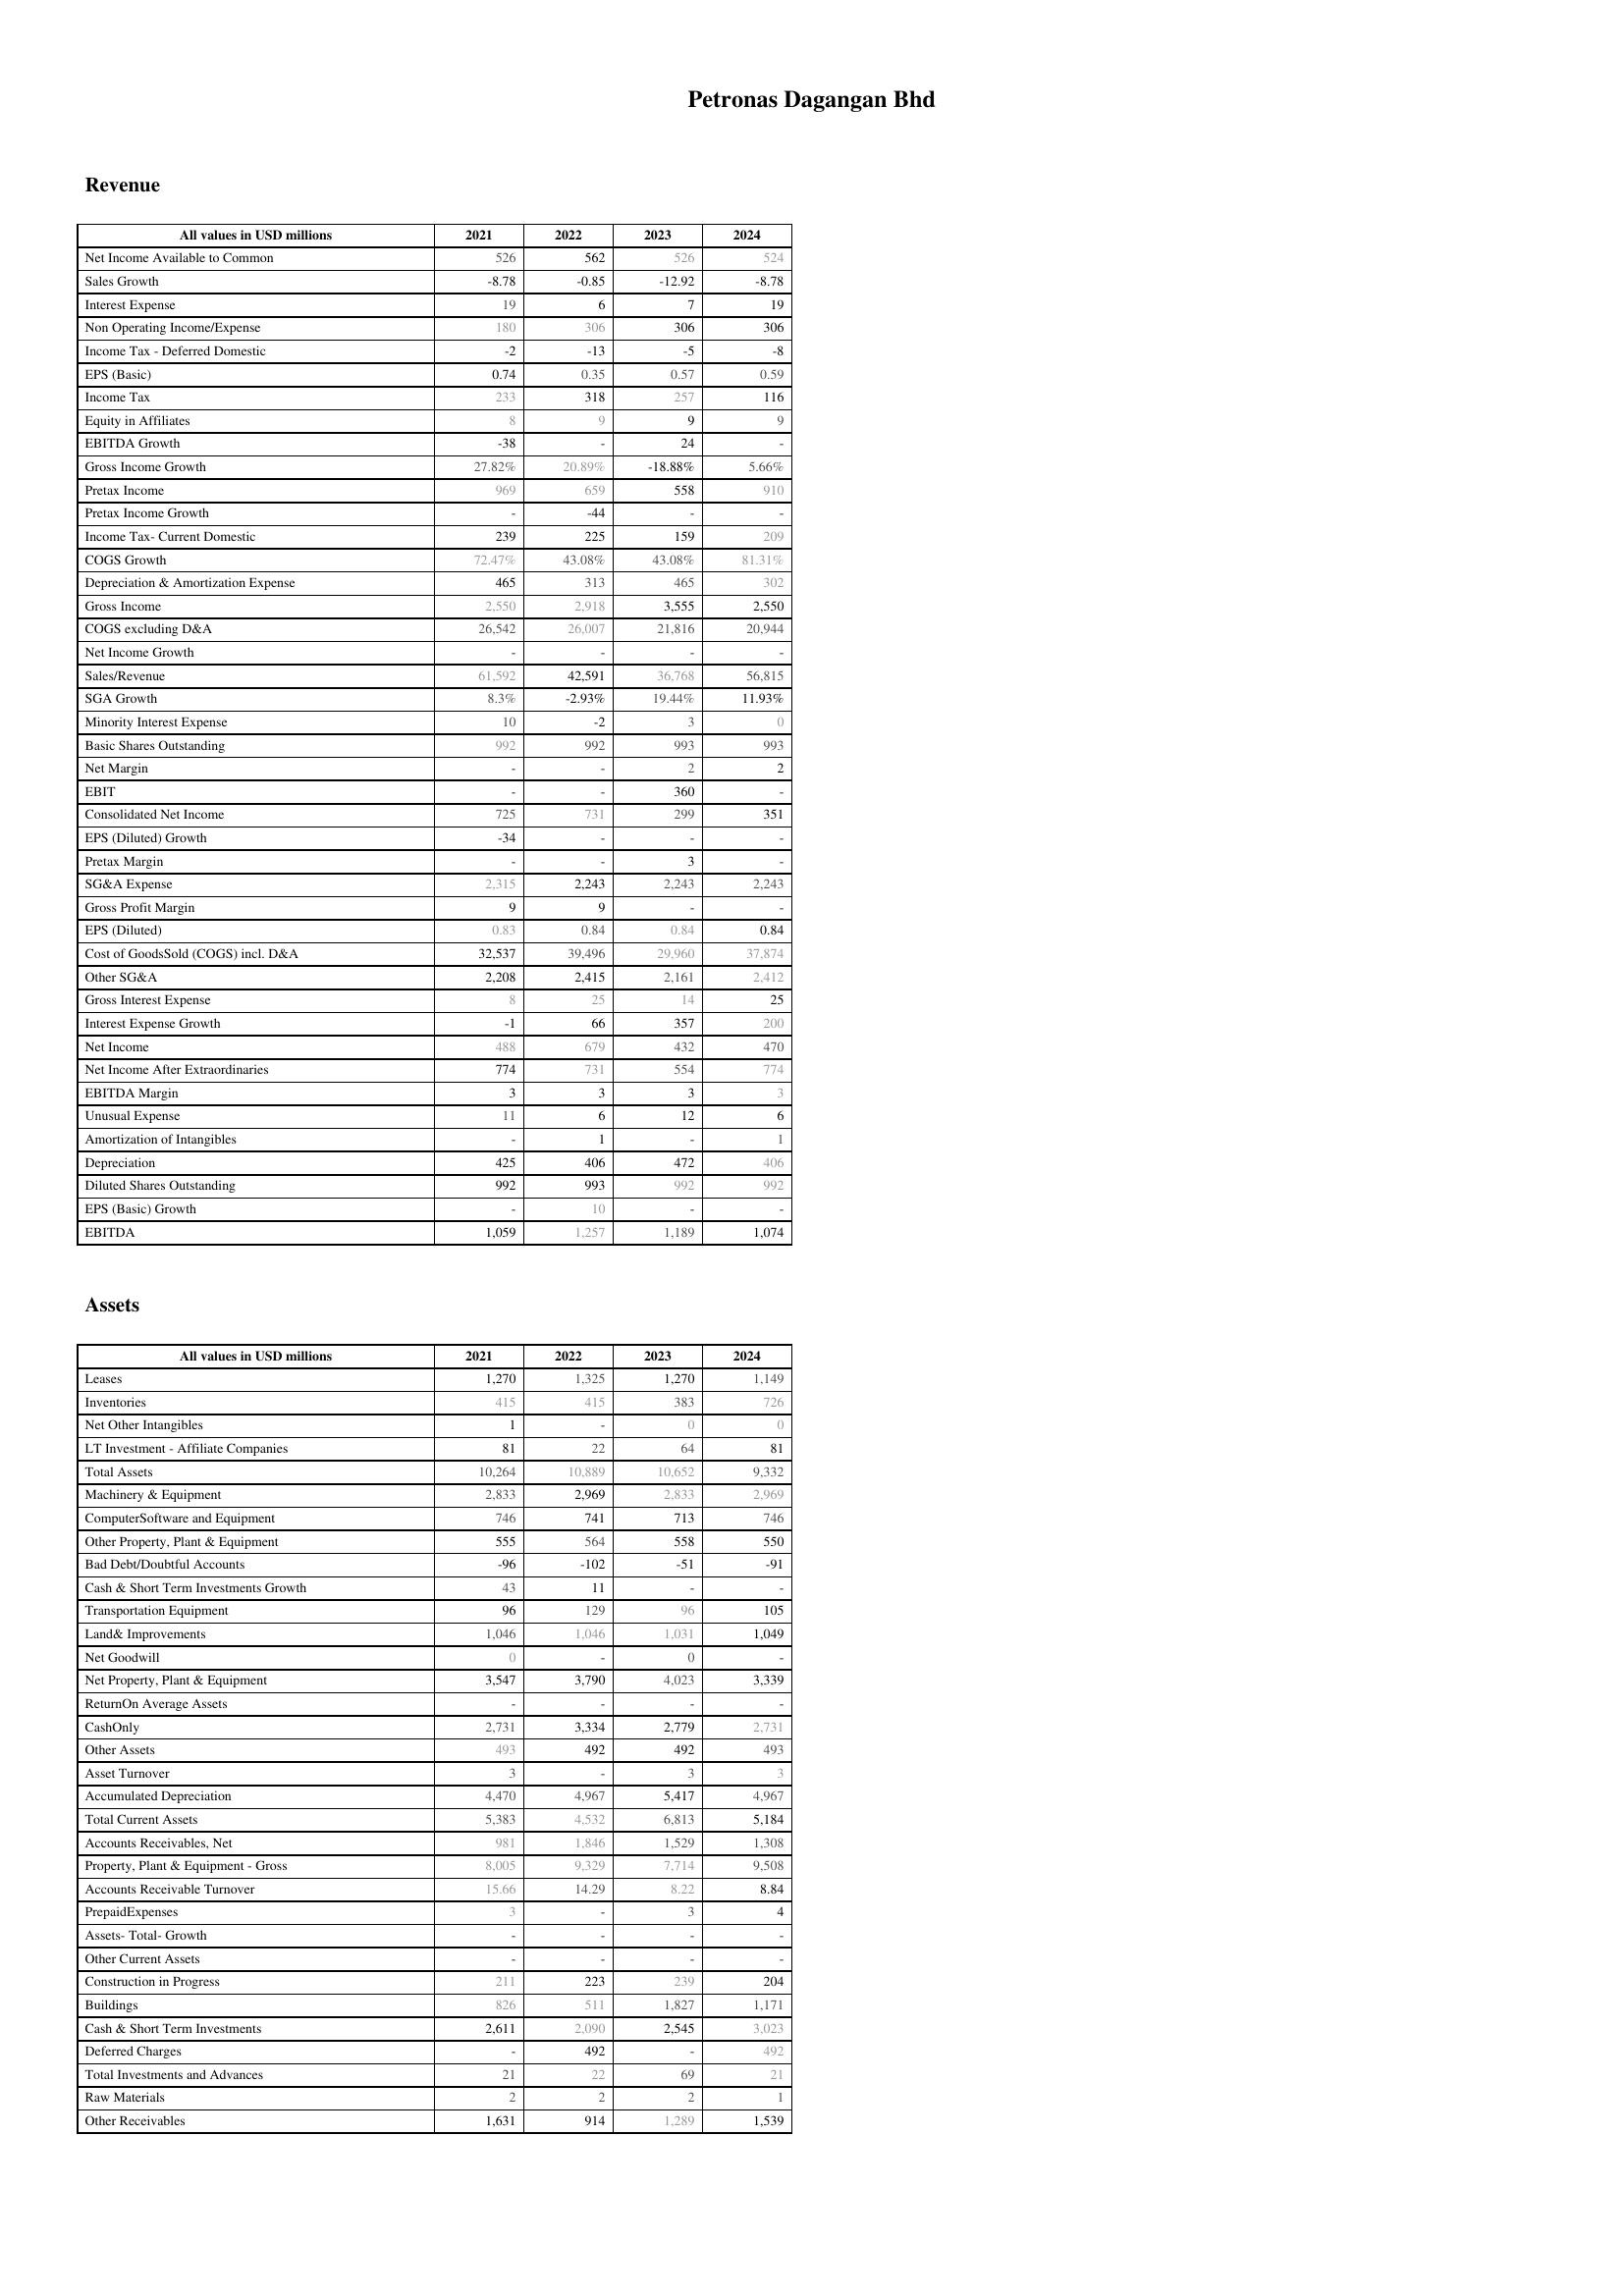
2021: Revenue: Net Income Available to Common: 526
Sales Growth: -8.78
Interest Expense: 19
Non Operating Income/Expense: 180
Income Tax - Deferred Domestic: -2
EPS (Basic): 0.74
Income Tax: 233
Equity in Affiliates: 8
EBITDA Growth: -38
Gross Income Growth: 27.82%
Pretax Income: 969
Pretax Income Growth: -
Income Tax- Current Domestic: 239
COGS Growth: 72.47%
Depreciation & Amortization Expense: 465
Gross Income: 2,550
COGS excluding D&A: 26,542
Net Income Growth: -
Sales/Revenue: 61,592
SGA Growth: 8.3%
Minority Interest Expense: 10
Basic Shares Outstanding: 992
Net Margin: -
EBIT: -
Consolidated Net Income: 725
EPS (Diluted) Growth: -34
Pretax Margin: -
SG&A Expense: 2,315
Gross Profit Margin: 9
EPS (Diluted): 0.83
Cost of GoodsSold (COGS) incl. D&A: 32,537
Other SG&A: 2,208
Gross Interest Expense: 8
Interest Expense Growth: -1
Net Income: 488
Net Income After Extraordinaries: 774
EBITDA Margin: 3
Unusual Expense: 11
Amortization of Intangibles: -
Depreciation: 425
Diluted Shares Outstanding: 992
EPS (Basic) Growth: -
EBITDA: 1,059
Assets: Leases: 1,270
Inventories: 415
Net Other Intangibles: 1
LT Investment - Affiliate Companies: 81
Total Assets: 10,264
Machinery & Equipment: 2,833
ComputerSoftware and Equipment: 746
Other Property, Plant & Equipment: 555
Bad Debt/Doubtful Accounts: -96
Cash & Short Term Investments Growth: 43
Transportation Equipment: 96
Land& Improvements: 1,046
Net Goodwill: 0
Net Property, Plant & Equipment: 3,547
ReturnOn Average Assets: -
CashOnly: 2,731
Other Assets: 493
Asset Turnover: 3
Accumulated Depreciation: 4,470
Total Current Assets: 5,383
Accounts Receivables, Net: 981
Property, Plant & Equipment - Gross : 8,005
Accounts Receivable Turnover: 15.66
PrepaidExpenses: 3
Assets- Total- Growth: -
Other Current Assets: -
Construction in Progress: 211
Buildings: 826
Cash & Short Term Investments: 2,611
Deferred Charges: -
Total Investments and Advances: 21
Raw Materials: 2
Other Receivables: 1,631
2022: Revenue: Net Income Available to Common: 562
Sales Growth: -0.85
Interest Expense: 6
Non Operating Income/Expense: 306
Income Tax - Deferred Domestic: -13
EPS (Basic): 0.35
Income Tax: 318
Equity in Affiliates: 9
EBITDA Growth: -
Gross Income Growth: 20.89%
Pretax Income: 659
Pretax Income Growth: -44
Income Tax- Current Domestic: 225
COGS Growth: 43.08%
Depreciation & Amortization Expense: 313
Gross Income: 2,918
COGS excluding D&A: 26,007
Net Income Growth: -
Sales/Revenue: 42,591
SGA Growth: -2.93%
Minority Interest Expense: -2
Basic Shares Outstanding: 992
Net Margin: -
EBIT: -
Consolidated Net Income: 731
EPS (Diluted) Growth: -
Pretax Margin: -
SG&A Expense: 2,243
Gross Profit Margin: 9
EPS (Diluted): 0.84
Cost of GoodsSold (COGS) incl. D&A: 39,496
Other SG&A: 2,415
Gross Interest Expense: 25
Interest Expense Growth: 66
Net Income: 679
Net Income After Extraordinaries: 731
EBITDA Margin: 3
Unusual Expense: 6
Amortization of Intangibles: 1
Depreciation: 406
Diluted Shares Outstanding: 993
EPS (Basic) Growth: 10
EBITDA: 1,257
Assets: Leases: 1,325
Inventories: 415
Net Other Intangibles: -
LT Investment - Affiliate Companies: 22
Total Assets: 10,889
Machinery & Equipment: 2,969
ComputerSoftware and Equipment: 741
Other Property, Plant & Equipment: 564
Bad Debt/Doubtful Accounts: -102
Cash & Short Term Investments Growth: 11
Transportation Equipment: 129
Land& Improvements: 1,046
Net Goodwill: -
Net Property, Plant & Equipment: 3,790
ReturnOn Average Assets: -
CashOnly: 3,334
Other Assets: 492
Asset Turnover: -
Accumulated Depreciation: 4,967
Total Current Assets: 4,532
Accounts Receivables, Net: 1,846
Property, Plant & Equipment - Gross : 9,329
Accounts Receivable Turnover: 14.29
PrepaidExpenses: -
Assets- Total- Growth: -
Other Current Assets: -
Construction in Progress: 223
Buildings: 511
Cash & Short Term Investments: 2,090
Deferred Charges: 492
Total Investments and Advances: 22
Raw Materials: 2
Other Receivables: 914
2023: Revenue: Net Income Available to Common: 526
Sales Growth: -12.92
Interest Expense: 7
Non Operating Income/Expense: 306
Income Tax - Deferred Domestic: -5
EPS (Basic): 0.57
Income Tax: 257
Equity in Affiliates: 9
EBITDA Growth: 24
Gross Income Growth: -18.88%
Pretax Income: 558
Pretax Income Growth: -
Income Tax- Current Domestic: 159
COGS Growth: 43.08%
Depreciation & Amortization Expense: 465
Gross Income: 3,555
COGS excluding D&A: 21,816
Net Income Growth: -
Sales/Revenue: 36,768
SGA Growth: 19.44%
Minority Interest Expense: 3
Basic Shares Outstanding: 993
Net Margin: 2
EBIT: 360
Consolidated Net Income: 299
EPS (Diluted) Growth: -
Pretax Margin: 3
SG&A Expense: 2,243
Gross Profit Margin: -
EPS (Diluted): 0.84
Cost of GoodsSold (COGS) incl. D&A: 29,960
Other SG&A: 2,161
Gross Interest Expense: 14
Interest Expense Growth: 357
Net Income: 432
Net Income After Extraordinaries: 554
EBITDA Margin: 3
Unusual Expense: 12
Amortization of Intangibles: -
Depreciation: 472
Diluted Shares Outstanding: 992
EPS (Basic) Growth: -
EBITDA: 1,189
Assets: Leases: 1,270
Inventories: 383
Net Other Intangibles: 0
LT Investment - Affiliate Companies: 64
Total Assets: 10,652
Machinery & Equipment: 2,833
ComputerSoftware and Equipment: 713
Other Property, Plant & Equipment: 558
Bad Debt/Doubtful Accounts: -51
Cash & Short Term Investments Growth: -
Transportation Equipment: 96
Land& Improvements: 1,031
Net Goodwill: 0
Net Property, Plant & Equipment: 4,023
ReturnOn Average Assets: -
CashOnly: 2,779
Other Assets: 492
Asset Turnover: 3
Accumulated Depreciation: 5,417
Total Current Assets: 6,813
Accounts Receivables, Net: 1,529
Property, Plant & Equipment - Gross : 7,714
Accounts Receivable Turnover: 8.22
PrepaidExpenses: 3
Assets- Total- Growth: -
Other Current Assets: -
Construction in Progress: 239
Buildings: 1,827
Cash & Short Term Investments: 2,545
Deferred Charges: -
Total Investments and Advances: 69
Raw Materials: 2
Other Receivables: 1,289
2024: Revenue: Net Income Available to Common: 524
Sales Growth: -8.78
Interest Expense: 19
Non Operating Income/Expense: 306
Income Tax - Deferred Domestic: -8
EPS (Basic): 0.59
Income Tax: 116
Equity in Affiliates: 9
EBITDA Growth: -
Gross Income Growth: 5.66%
Pretax Income: 910
Pretax Income Growth: -
Income Tax- Current Domestic: 209
COGS Growth: 81.31%
Depreciation & Amortization Expense: 302
Gross Income: 2,550
COGS excluding D&A: 20,944
Net Income Growth: -
Sales/Revenue: 56,815
SGA Growth: 11.93%
Minority Interest Expense: 0
Basic Shares Outstanding: 993
Net Margin: 2
EBIT: -
Consolidated Net Income: 351
EPS (Diluted) Growth: -
Pretax Margin: -
SG&A Expense: 2,243
Gross Profit Margin: -
EPS (Diluted): 0.84
Cost of GoodsSold (COGS) incl. D&A: 37,874
Other SG&A: 2,412
Gross Interest Expense: 25
Interest Expense Growth: 200
Net Income: 470
Net Income After Extraordinaries: 774
EBITDA Margin: 3
Unusual Expense: 6
Amortization of Intangibles: 1
Depreciation: 406
Diluted Shares Outstanding: 992
EPS (Basic) Growth: -
EBITDA: 1,074
Assets: Leases: 1,149
Inventories: 726
Net Other Intangibles: 0
LT Investment - Affiliate Companies: 81
Total Assets: 9,332
Machinery & Equipment: 2,969
ComputerSoftware and Equipment: 746
Other Property, Plant & Equipment: 550
Bad Debt/Doubtful Accounts: -91
Cash & Short Term Investments Growth: -
Transportation Equipment: 105
Land& Improvements: 1,049
Net Goodwill: -
Net Property, Plant & Equipment: 3,339
ReturnOn Average Assets: -
CashOnly: 2,731
Other Assets: 493
Asset Turnover: 3
Accumulated Depreciation: 4,967
Total Current Assets: 5,184
Accounts Receivables, Net: 1,308
Property, Plant & Equipment - Gross : 9,508
Accounts Receivable Turnover: 8.84
PrepaidExpenses: 4
Assets- Total- Growth: -
Other Current Assets: -
Construction in Progress: 204
Buildings: 1,171
Cash & Short Term Investments: 3,023
Deferred Charges: 492
Total Investments and Advances: 21
Raw Materials: 1
Other Receivables: 1,539